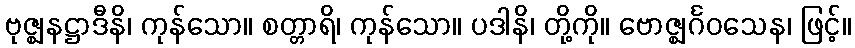
ဗုဇ္ဈနဋ္ဌာဒီနိ၊ ကုန်သော။ စတ္တာရိ၊ ကုန်သော။ ပဒါနိ၊ တို့ကို။ ဗောဇ္ဈင်္ဂဝသေန၊ ဖြင့်။